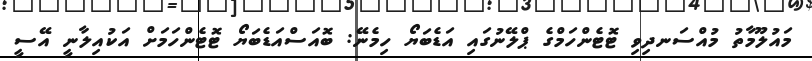
މައުލޫމާތު މުއްސަނދިވި ޓޮޓެންހަމްގެ ޕްލޭނުގައި އަޑެބަޔޯ ހިމެނޭ: ބޮއަސްއަޑެބަޔޯ ޓޮޓެންހަމަށް އަކުއިލާނީ އޭސީ